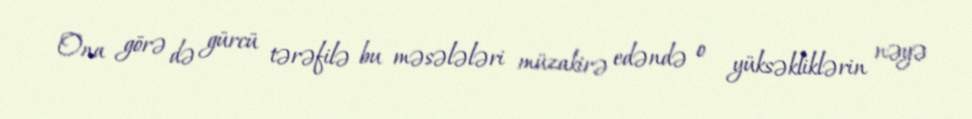
Ona görə də gürcü tərəfilə bu məsələləri müzakirə edəndə o yüksəkliklərin nəyə